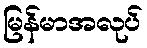
မြန်မာအလုပ်